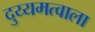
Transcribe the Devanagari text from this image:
दुय्यमत्वाला